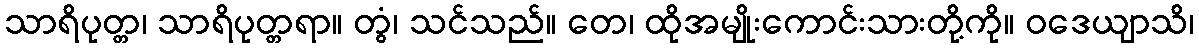
သာရိပုတ္တ၊ သာရိပုတ္တရာ။ တွံ၊ သင်သည်။ တေ၊ ထိုအမျိုးကောင်းသားတို့ကို။ ဝဒေယျာသိ၊